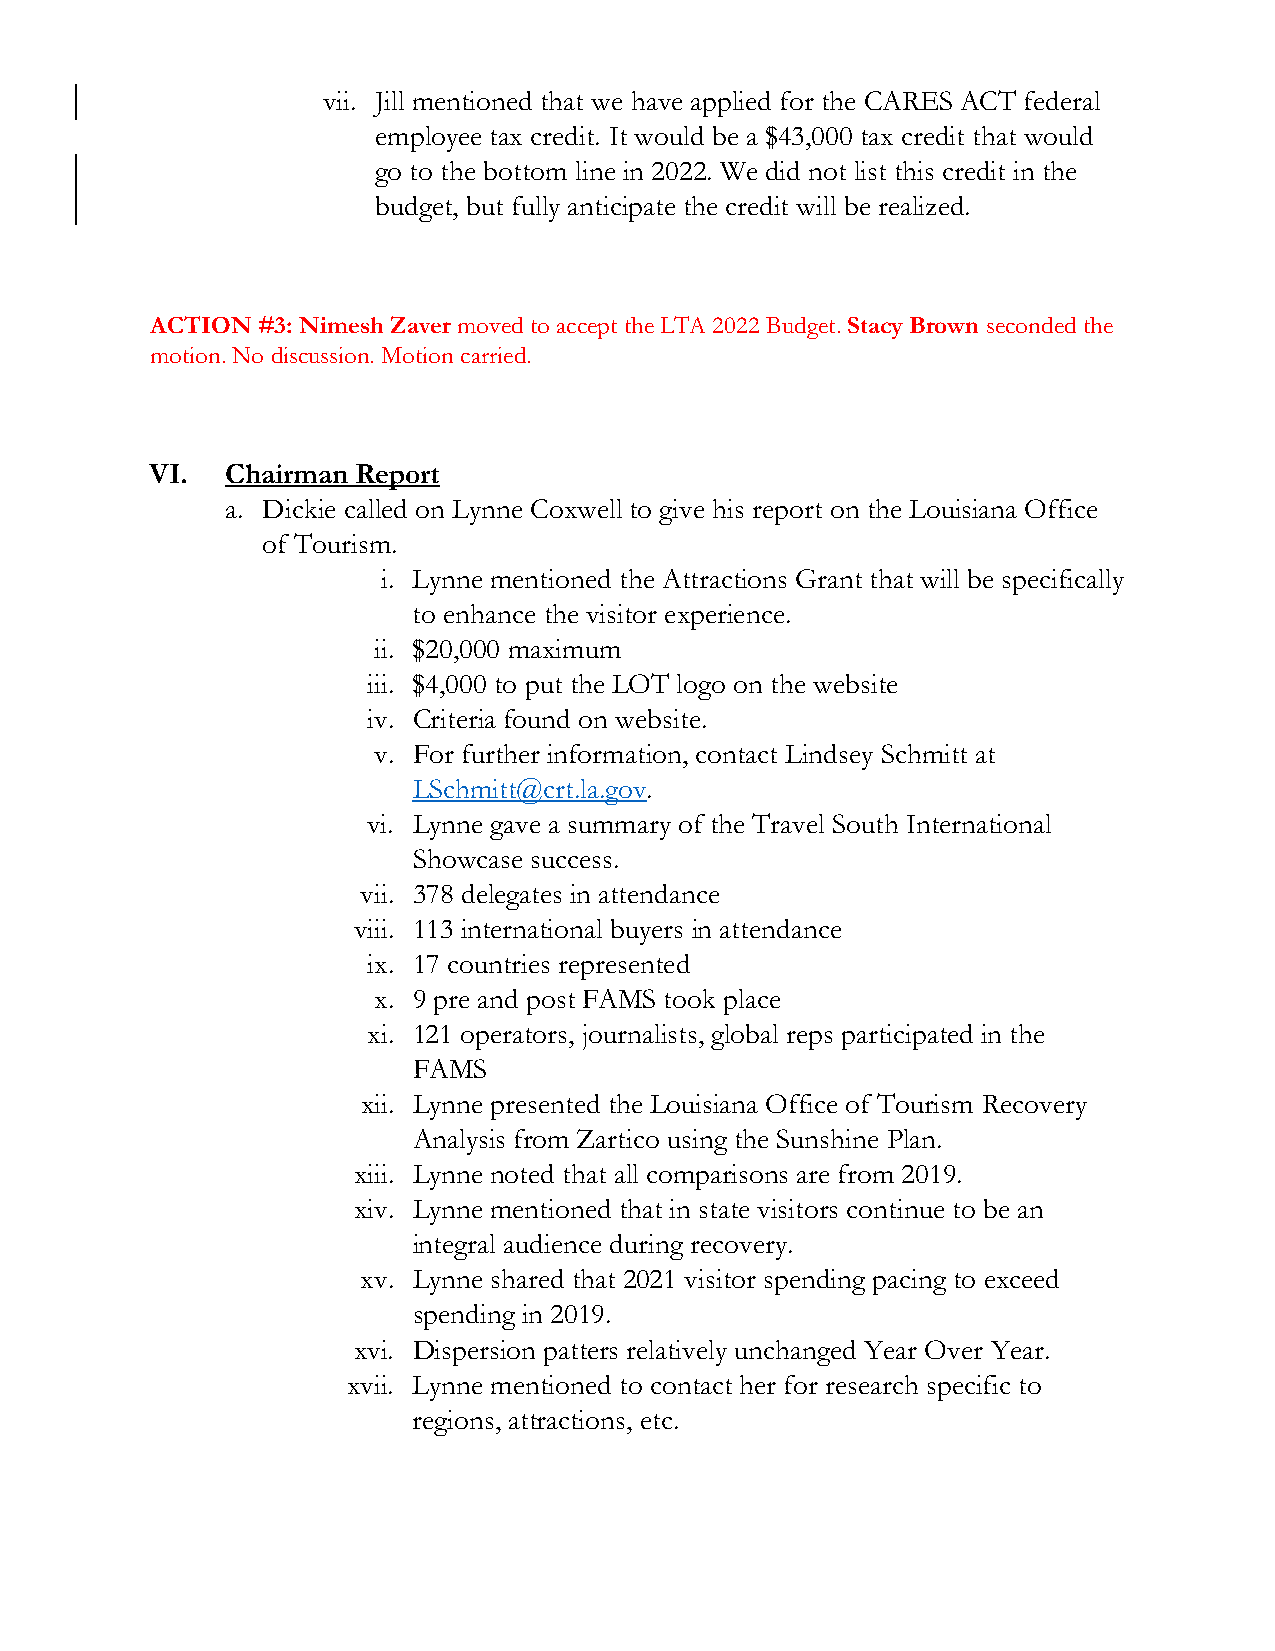
vii. Jill mentioned that we have applied for the CARES ACT federal
 employee tax credit. It would be a $43,000 tax credit that would
 go to the bottom line in 2022. We did not list this credit in the
 budget, but fully anticipate the credit will be realized.
 ACTION #3: Nimesh Zaver moved to accept the LTA 2022 Budget. Stacy Brown seconded the
 motion. No discussion. Motion carried.
 VI.  Chairman Report
 a. Dickie called on Lynne Coxwell to give his report on the Louisiana Office
 of Tourism.
 i. Lynne mentioned the Attractions Grant that will be specifically
 to enhance the visitor experience.
 ii. $20,000 maximum
 iii. $4,000 to put the LOT logo on the website
 iv. Criteria found on website.
 v. For further information, contact Lindsey Schmitt at
 LSchmitt@crt.la.gov.
 vi. Lynne gave a summary of the Travel South International
 Showcase success.
 vii. 378 delegates in attendance
 viii. 113 international buyers in attendance
 ix. 17 countries represented
 x. 9 pre and post FAMS took place
 xi. 121 operators, journalists, global reps participated in the
 FAMS
 xii. Lynne presented the Louisiana Office of Tourism Recovery
 Analysis from Zartico using the Sunshine Plan.
 xiii. Lynne noted that all comparisons are from 2019.
 xiv. Lynne mentioned that in state visitors continue to be an
 integral audience during recovery.
 xv. Lynne shared that 2021 visitor spending pacing to exceed
 spending in 2019.
 xvi. Dispersion patters relatively unchanged Year Over Year.
 xvii. Lynne mentioned to contact her for research specific to
 regions, attractions, etc.